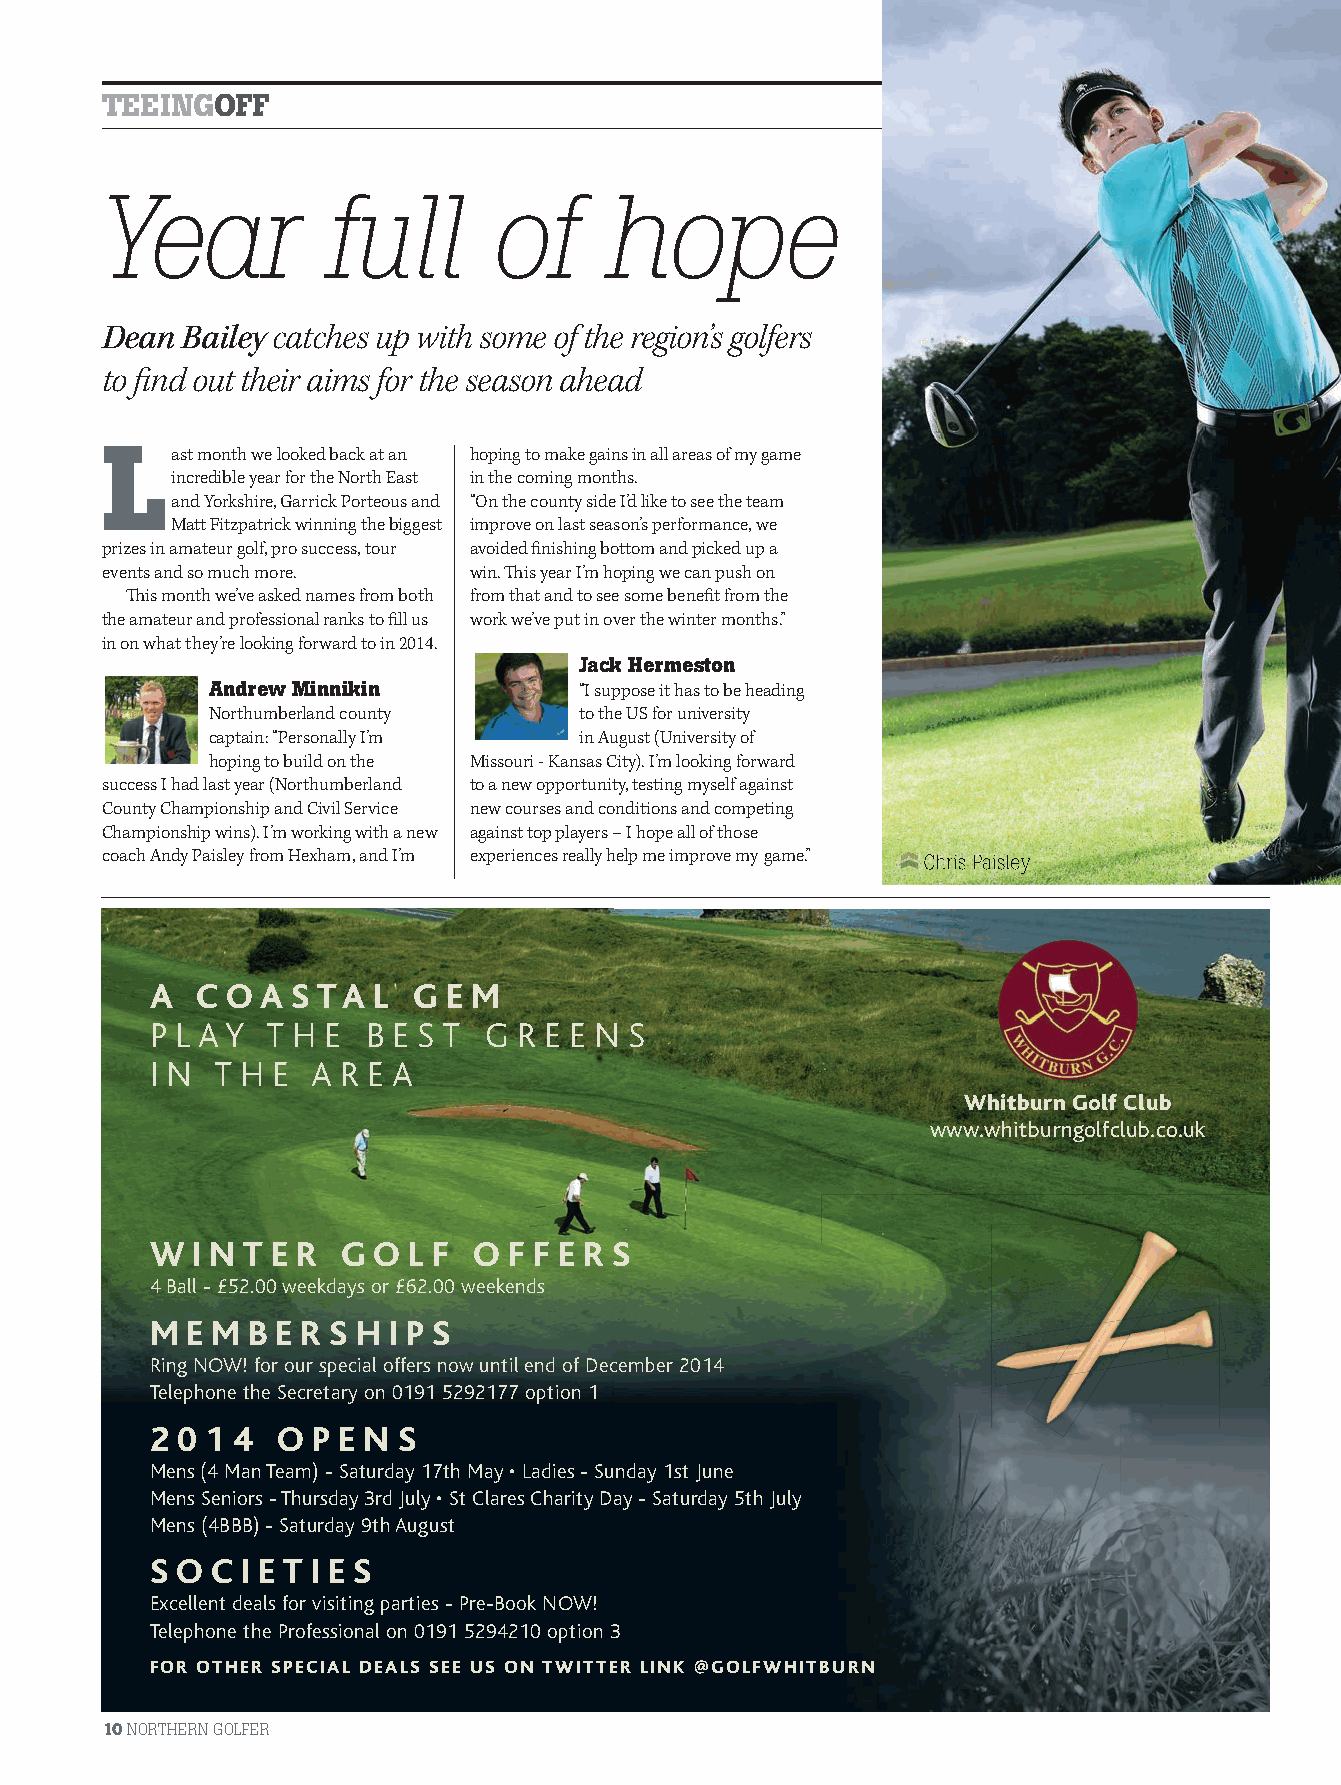
TTEEEEIINNGGOOFFFF
 Year           full       of      hope
 Dean  Bailey catches up with some of the region’s golfers
 to fi nd out their aims for the season ahead
 L    ast month we looked back at an hoping to make gains in all areas of my game
 incredible year for the North East in the coming months.
 and Yorkshire, Garrick Porteous and “On the county side I’d like to see the team
 Matt Fitzpatrick winning the biggest improve on last season’s performance, we
 prizes in amateur golf, pro success, tour avoided fi nishing bottom and picked up a
 events and so much more. win. Th is year I’m hoping we can push on
 Th is month we’ve asked names from both from that and to see some benefi t from the
 the amateur and professional ranks to fi ll us work we’ve put in over the winter months.”
 in on what they’re looking forward to in 2014.
 Jack Hermeston
 Andrew Minnikin          “I suppose it has to be heading
 Northumberland county    to the US for university
 captain: “Personally I’m in August (University of
 hoping to build on the Missouri - Kansas City). I’m looking forward
 success I had last year (Northumberland to a new opportunity, testing myself against
 County Championship and Civil Service new courses and conditions and competing
 Championship wins). I’m working with a new against top players – I hope all of those
 coach Andy Paisley from Hexham, and I’m experiences really help me improve my game.” Chris Paisley
 A  C O A S TA L  G E M
 P L A Y T H E B E S T G R E E N S
 I N T H E A R E A
 Whitburn Golf Club
 www.whitburngolfclub.co.uk
 W I N T E R G O  L F O F F E R S
 4 Ball - £52.00 weekdays or £62.00 weekends
 M E M B E R S H I P S
 Ring NOW! for our special offers now until end of December 2014
 Telephone the Secretary on 0191 5292177 option 1
 2 0 1 4 O P E N S
 Mens (4 Man Team) - Saturday 17th May • Ladies - Sunday 1st June
 Mens Seniors - Thursday 3rd July • St Clares Charity Day - Saturday 5th July
 Mens (4BBB) - Saturday 9th August
 S O C I E T I E S
 Excellent deals for visiting parties - Pre-Book NOW!
 Telephone the Professional on 0191 5294210 option 3
 FOR OTHER SPECIAL DEALS SEE US ON TWITTER LINK @GOLFWHITBURN
 10 NORTHERN GOLFER
 NG21.indb 10                                                                    10/02/2014 17:11